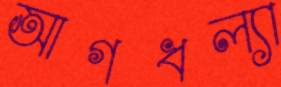
আগধল্যা